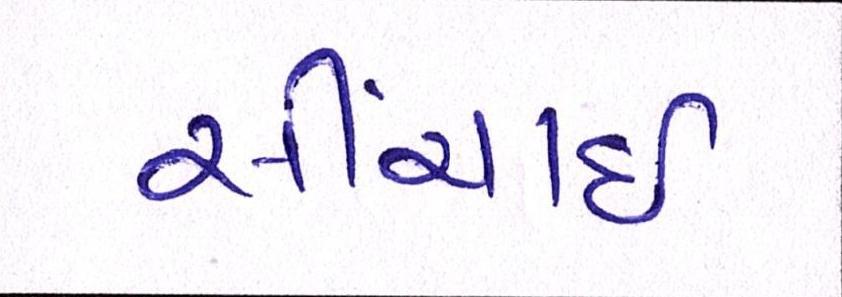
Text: સીંચાઇ